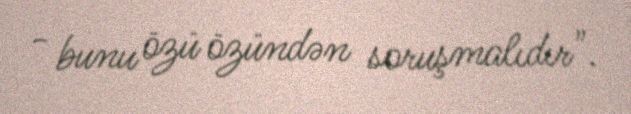
- bunu özü özündən soruşmalıdır".